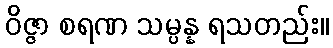
ဝိဇ္ဇာ စရဏ သမ္ပန္န ရသတည်း။